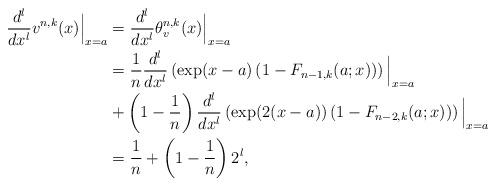
LaTeX: \begin{align*}\frac{d^l}{dx^l}v^{n,k}(x)\Big|_{x=a}&=\frac{d^l}{dx^l}\theta_{v}^{n,k}(x)\Big|_{x=a}\\&=\frac{1}{n}\frac{d^l}{dx^l}\left(\exp(x-a)\left(1-F_{n-1,k}(a;x)\right)\right)\Big|_{x=a}\\&+\left(1-\frac{1}{n}\right)\frac{d^l}{dx^l}\left(\exp(2(x-a))\left(1-F_{n-2,k}(a;x)\right)\right)\Big|_{x=a}\\&=\frac{1}{n}+\left(1-\frac{1}{n}\right)2^{l},\end{align*}